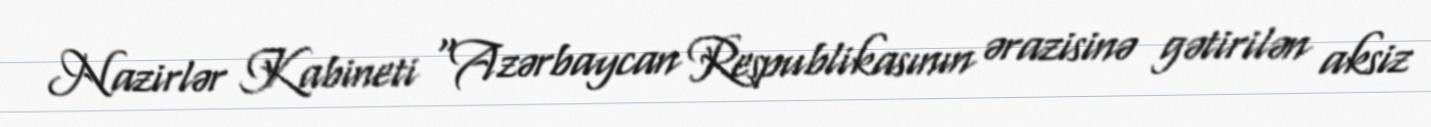
Nazirlər Kabineti “Azərbaycan Respublikasının ərazisinə gətirilən aksiz